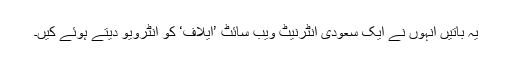
یہ باتیں انہوں نے ایک سعودی انٹرنیٹ ویب سائٹ ’ایلاف‘ کو انٹرویو دیتے ہوئے کیں۔